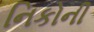
નિકોની